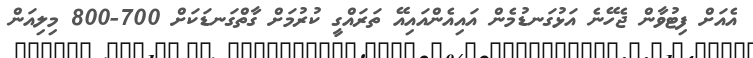
އެއަށް ފިޓުވާން ޖެހޭނެ އަޅުގަނޑުމެން އައިއެންއައިއޭ ތަރައްގީ ކުރުމަށް ގާތްގަނޑަކަށް 700-800 މިލިއަން